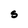
Character: S